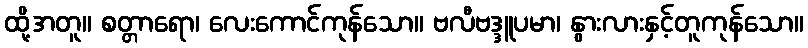
ထို့အတူ။ စတ္တာရော၊ လေးကောင်ကုန်သော။ ဗလီဗဒ္ဒူပမာ၊ နွားလားနှင့်တူကုန်သော။